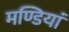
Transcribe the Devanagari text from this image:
मण्डियां